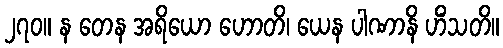
၂၇၀။ န တေန အရိယော ဟောတိ၊ ယေန ပါဏာနိ ဟိံသတိ။